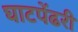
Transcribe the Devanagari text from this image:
घाटपेंढरी